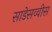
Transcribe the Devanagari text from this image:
साडेसव्वीस